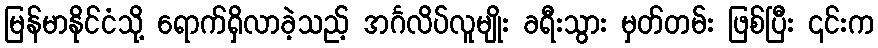
မြန်မာနိုင်ငံသို့ ရောက်ရှိလာခဲ့သည့် အင်္ဂလိပ်လူမျိုး ခရီးသွား မှတ်တမ်း ဖြစ်ပြီး ၎င်းက